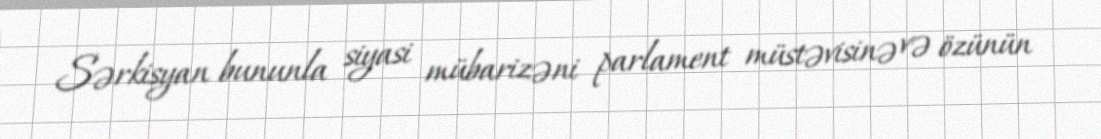
Sərkisyan bununla siyasi mübarizəni parlament müstəvisinə və özünün